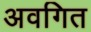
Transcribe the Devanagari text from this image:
अवगित